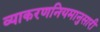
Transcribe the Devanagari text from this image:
व्याकरणनियमानुसारी